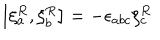
\left[ \xi _ { a } ^ { R } , \xi _ { b } ^ { R } \right] = - \epsilon _ { a b c } \xi _ { c } ^ { R }